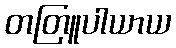
တတြူပါယာယ